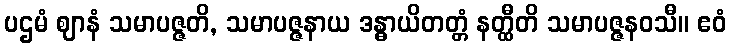
ပဌမံ ဈာနံ သမာပဇ္ဇတိ, သမာပဇ္ဇနာယ ဒန္ဓာယိတတ္တံ နတ္ထီတိ သမာပဇ္ဇနဝသီ။ ဧဝံ